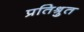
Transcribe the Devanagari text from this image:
प्रतिश्रुत